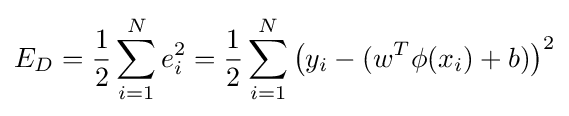
E_{D}={\frac {1}{2}}\sum \limits _{i=1}^{N}e_{i}^{2}={\frac {1}{2}}\sum \limits _{i=1}^{N}\left(y_{i}-(w^{T}\phi (x_{i})+b)\right)^{2}